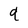
Character: 9